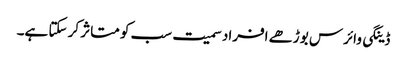
ڈینگی وائرس بوڑھے افراد سمیت سب کو متاثر کر سکتا ہے۔